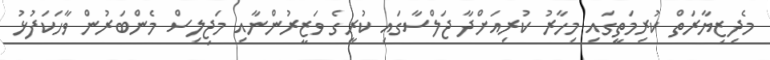
މެދިޒިޔާރަތް ކުރިމަތީގައި މިހާރު ކުރިއަށްދާ ޖަލްސާގައި ކުރީގެ ވަޒީރުންނާއި މަޖިލިސް މެންބަރުން ވާހަކަފުޅު